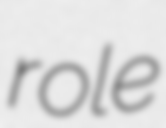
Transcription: role